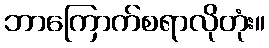
ဘာကြောက်စရာလိုတုံး။